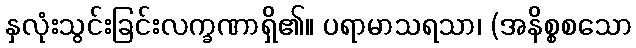
နှလုံးသွင်းခြင်းလက္ခဏာရှိ၏။ ပရာမာသရသာ၊ (အနိစ္စစသော